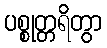
ပစ္စုတ္တရိတွာ